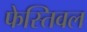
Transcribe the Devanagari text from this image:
फेस्तिवल